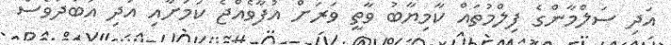
އަދި ސަލްމާންގެ ފިލްމުތައް ކާމިޔާބު ވާތީ ވަރަށް އުފާވެއްޖެ ކަމަށާއި އަދި އަބަދުވެސް